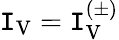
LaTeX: \mathtt{I}_{\mathrm{{V}}}=\mathtt{I}_{\mathrm{{V}}}^{(\pm)}